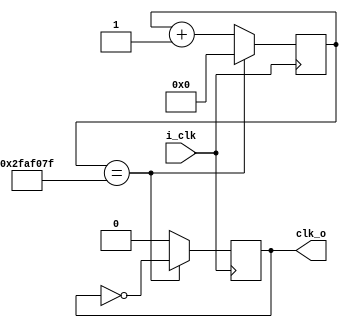
`timescale 1ns / 1ps
//////////////////////////////////////////////////////////////////////////////////
// Company: 
// Engineer: 
// 
// Design Name: 
// Module Name: clk_div
// Project Name: 
// Target Devices: 
// Tool Versions: 
// Description: 
// 
// Dependencies: 
// 
// Revision:
// Revision 0.01 - File Created
// Additional Comments:
// 
//////////////////////////////////////////////////////////////////////////////////


`timescale 1ns / 1ps
//////////////////////////////////////////////////////////////////////////////////
// Company: 
// Engineer: 
// 
// Design Name: 
// Module Name: Clk_div
// Project Name: 
// Target Devices: 
// Tool Versions: 
// Description: 
// 
// Dependencies: 
// 
// Revision:
// Revision 0.01 - File Created
// Additional Comments:
// 
//////////////////////////////////////////////////////////////////////////////////

///fpga clock = 100MHZ 
///required clock rate = 1HZ
///clk_div = 100MHZ/50MHZ =  (0 to 49_999_999 ---first half clk cycle (active high) and 50_000_000 to 99_999_999 --next half clk cycle (active low))
`define CLK_CNT_WIDTH 26
module clk_div(i_clk , clk_o);
input i_clk ;
output clk_o ;


parameter CLK_COUNT = 50_000_000;
reg [`CLK_CNT_WIDTH-1:0] clk_cnt = 0;

reg toggle_1HZ = 0;


always @(posedge i_clk)
     begin
          if (clk_cnt == CLK_COUNT-1)
              begin
                  toggle_1HZ <= ~toggle_1HZ ;
                  clk_cnt    <= 0;
               end
          else
                begin          
                  clk_cnt <= clk_cnt + 1'b1 ;
                  toggle_1HZ <= 1'b0 ;
                  end
     end             
   
  assign clk_o = toggle_1HZ ; 
         
endmodule